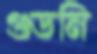
গুডনি